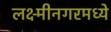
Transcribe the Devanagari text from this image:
लक्ष्मीनगरमध्ये